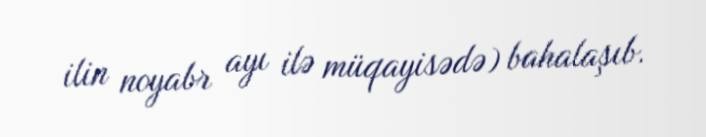
ilin noyabr ayı ilə müqayisədə) bahalaşıb.